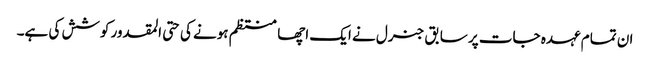
ان تمام عہدہ جات پر سابق جنرل نے ایک اچھا منتظم ہونے کی حتی المقدور کوشش کی ہے۔